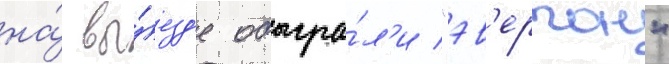
на́ вы́езд'е обыгра́л'и "эв'ертон"